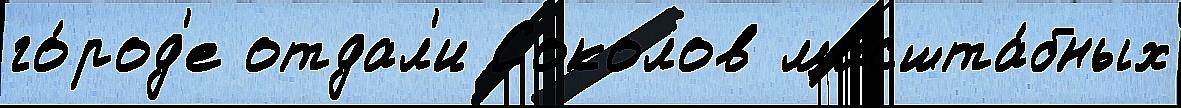
го́род'е отдал'и Соколов масшта́бных